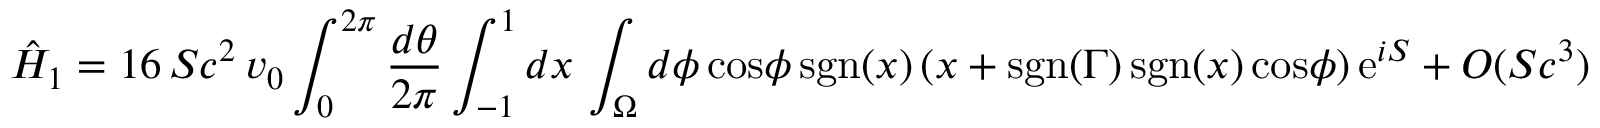
\hat { H } _ { 1 } = 1 6 \, S c ^ { 2 } \, v _ { 0 } \int _ { 0 } ^ { 2 \pi } { \frac { d \theta } { 2 \pi } } \int _ { - 1 } ^ { 1 } d x \, \int _ { \Omega } d \phi \, \mathrm { c o s } \phi \, \mathrm { s g n } ( x ) \, ( x + \mathrm { s g n } ( \Gamma ) \, \mathrm { s g n } ( x ) \, \mathrm { c o s } \phi ) \, \mathrm { e } ^ { i S } + O ( S c ^ { 3 } )